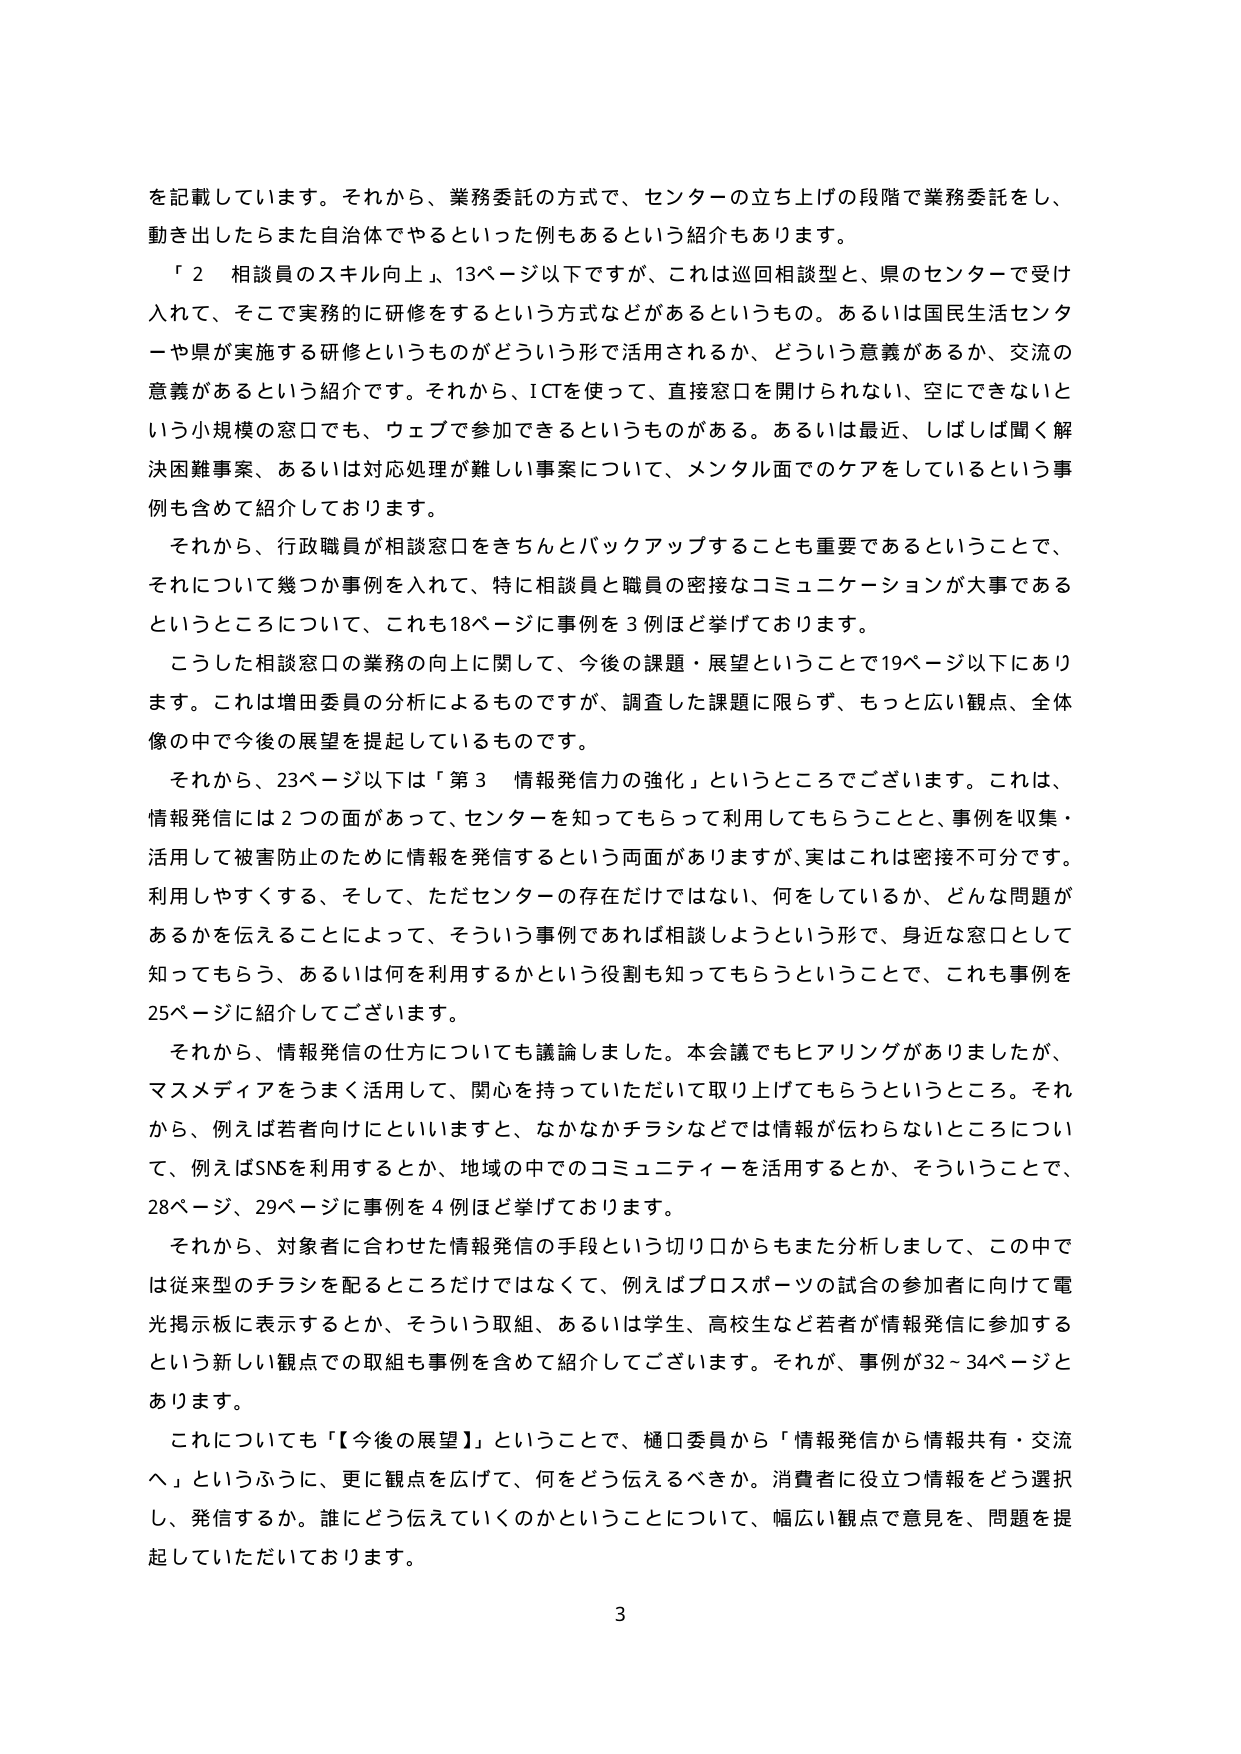
を記載しています。それから、業務委託の方式で、センターの立ち上げの段階で業務委託をし、
動き出したらまた自治体でやるといった例もあるという紹介もあります。
「２ 相談員のスキル向上」、13ページ以下ですが、これは巡回相談型と、県のセンターで受け
入れて、そこで実務的に研修をするという方式などがあるというものです。あるいは国民生活センタ
ーや県が実施する研修というものがどういう形で活用されるか、どういう意義があるか、交流の
意義があるという紹介です。それから、ICTを使って、直接窓口を開けられない、空にできないと
いう小規模の窓口でも、ウェブで参加できるというものがある。あるいは最近、しばしば聞く解
決困難事案、あるいは対応処理が難しい事案について、メンタル面でのケアをしているという事
例も含めて紹介しております。
それから、行政職員が相談窓口をきちんとバックアップすることも重要であるということで、
それについて幾つか事例を入れて、特に相談員と職員の密接なコミュニケーションが大事である
というところについて、これも18ページに事例を3例ほど挙げております。
こうした相談窓口の業務の向上に関して、今後の課題・展望ということで19ページ以下にあり
ます。これは増田委員の分析によるものですが、調査した課題に限らず、もっと広い観点、全体
像の中で今後の展望を提起しているものです。
それから、23ページ以下は「第3 情報発信力の強化」というところでございます。これは、
情報発信には2つの面があって、センターを知ってもらって利用してもらうことと、事例を収集・
活用して被害防止のために情報を発信するという両面がありますが、実はこれは密接不可分です。
利用しやすくする、そして、ただセンターの存在だけではない、何をしているか、どんな問題が
あるかを伝えることによって、そういう事例であれば相談しようという形で、身近な窓口として
知ってもらう、あるいは何を利用するかという役割も知ってもらうということで、これも事例を
25ページに紹介してございます。
それから、情報発信の仕方についても議論しました。本会議でもヒアリングがありましたが、
マスメディアをうまく活用して、関心を持っていただいて取り上げてもらうというところ。それ
から、例えば若者向けにといいますと、なかなかチラシなどでは情報が伝わらないところについ
て、例えばSNSを利用するとか、地域の中でのコミュニティーを活用するとか、そういうことで、
28ページ、29ページに事例を4例ほど挙げております。
それから、対象者に合わせた情報発信の手段という切り口からもまた分析しまして、この中で
は従来型のチラシを配るところだけではなくて、例えばプロスポーツの試合の参加者に向けて電
光掲示板に表示するとか、そういう取組、あるいは学生、高校生など若者が情報発信に参加する
という新しい観点での取組も事例を含めて紹介してございます。それが、事例が32～34ページと
あります。
これについても「【今後の展望】」ということで、樋口委員から「情報発信から情報共有・交流
へ」というふうに、更に観点を広げて、何をどう伝えるべきか。消費者に役立つ情報をどう選択
し、発信するか。誰にどう伝えていくのかということについて、幅広い観点で意見を、問題を提
起していただいております。
3